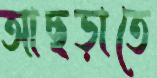
আছড়াতে